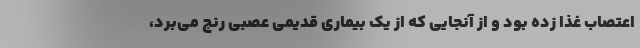
اعتصاب غذا زده بود و از آنجایی که از یک بیماری قدیمی عصبی رنج می‌برد،